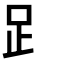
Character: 𧾷